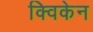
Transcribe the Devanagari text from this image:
क्विकेन